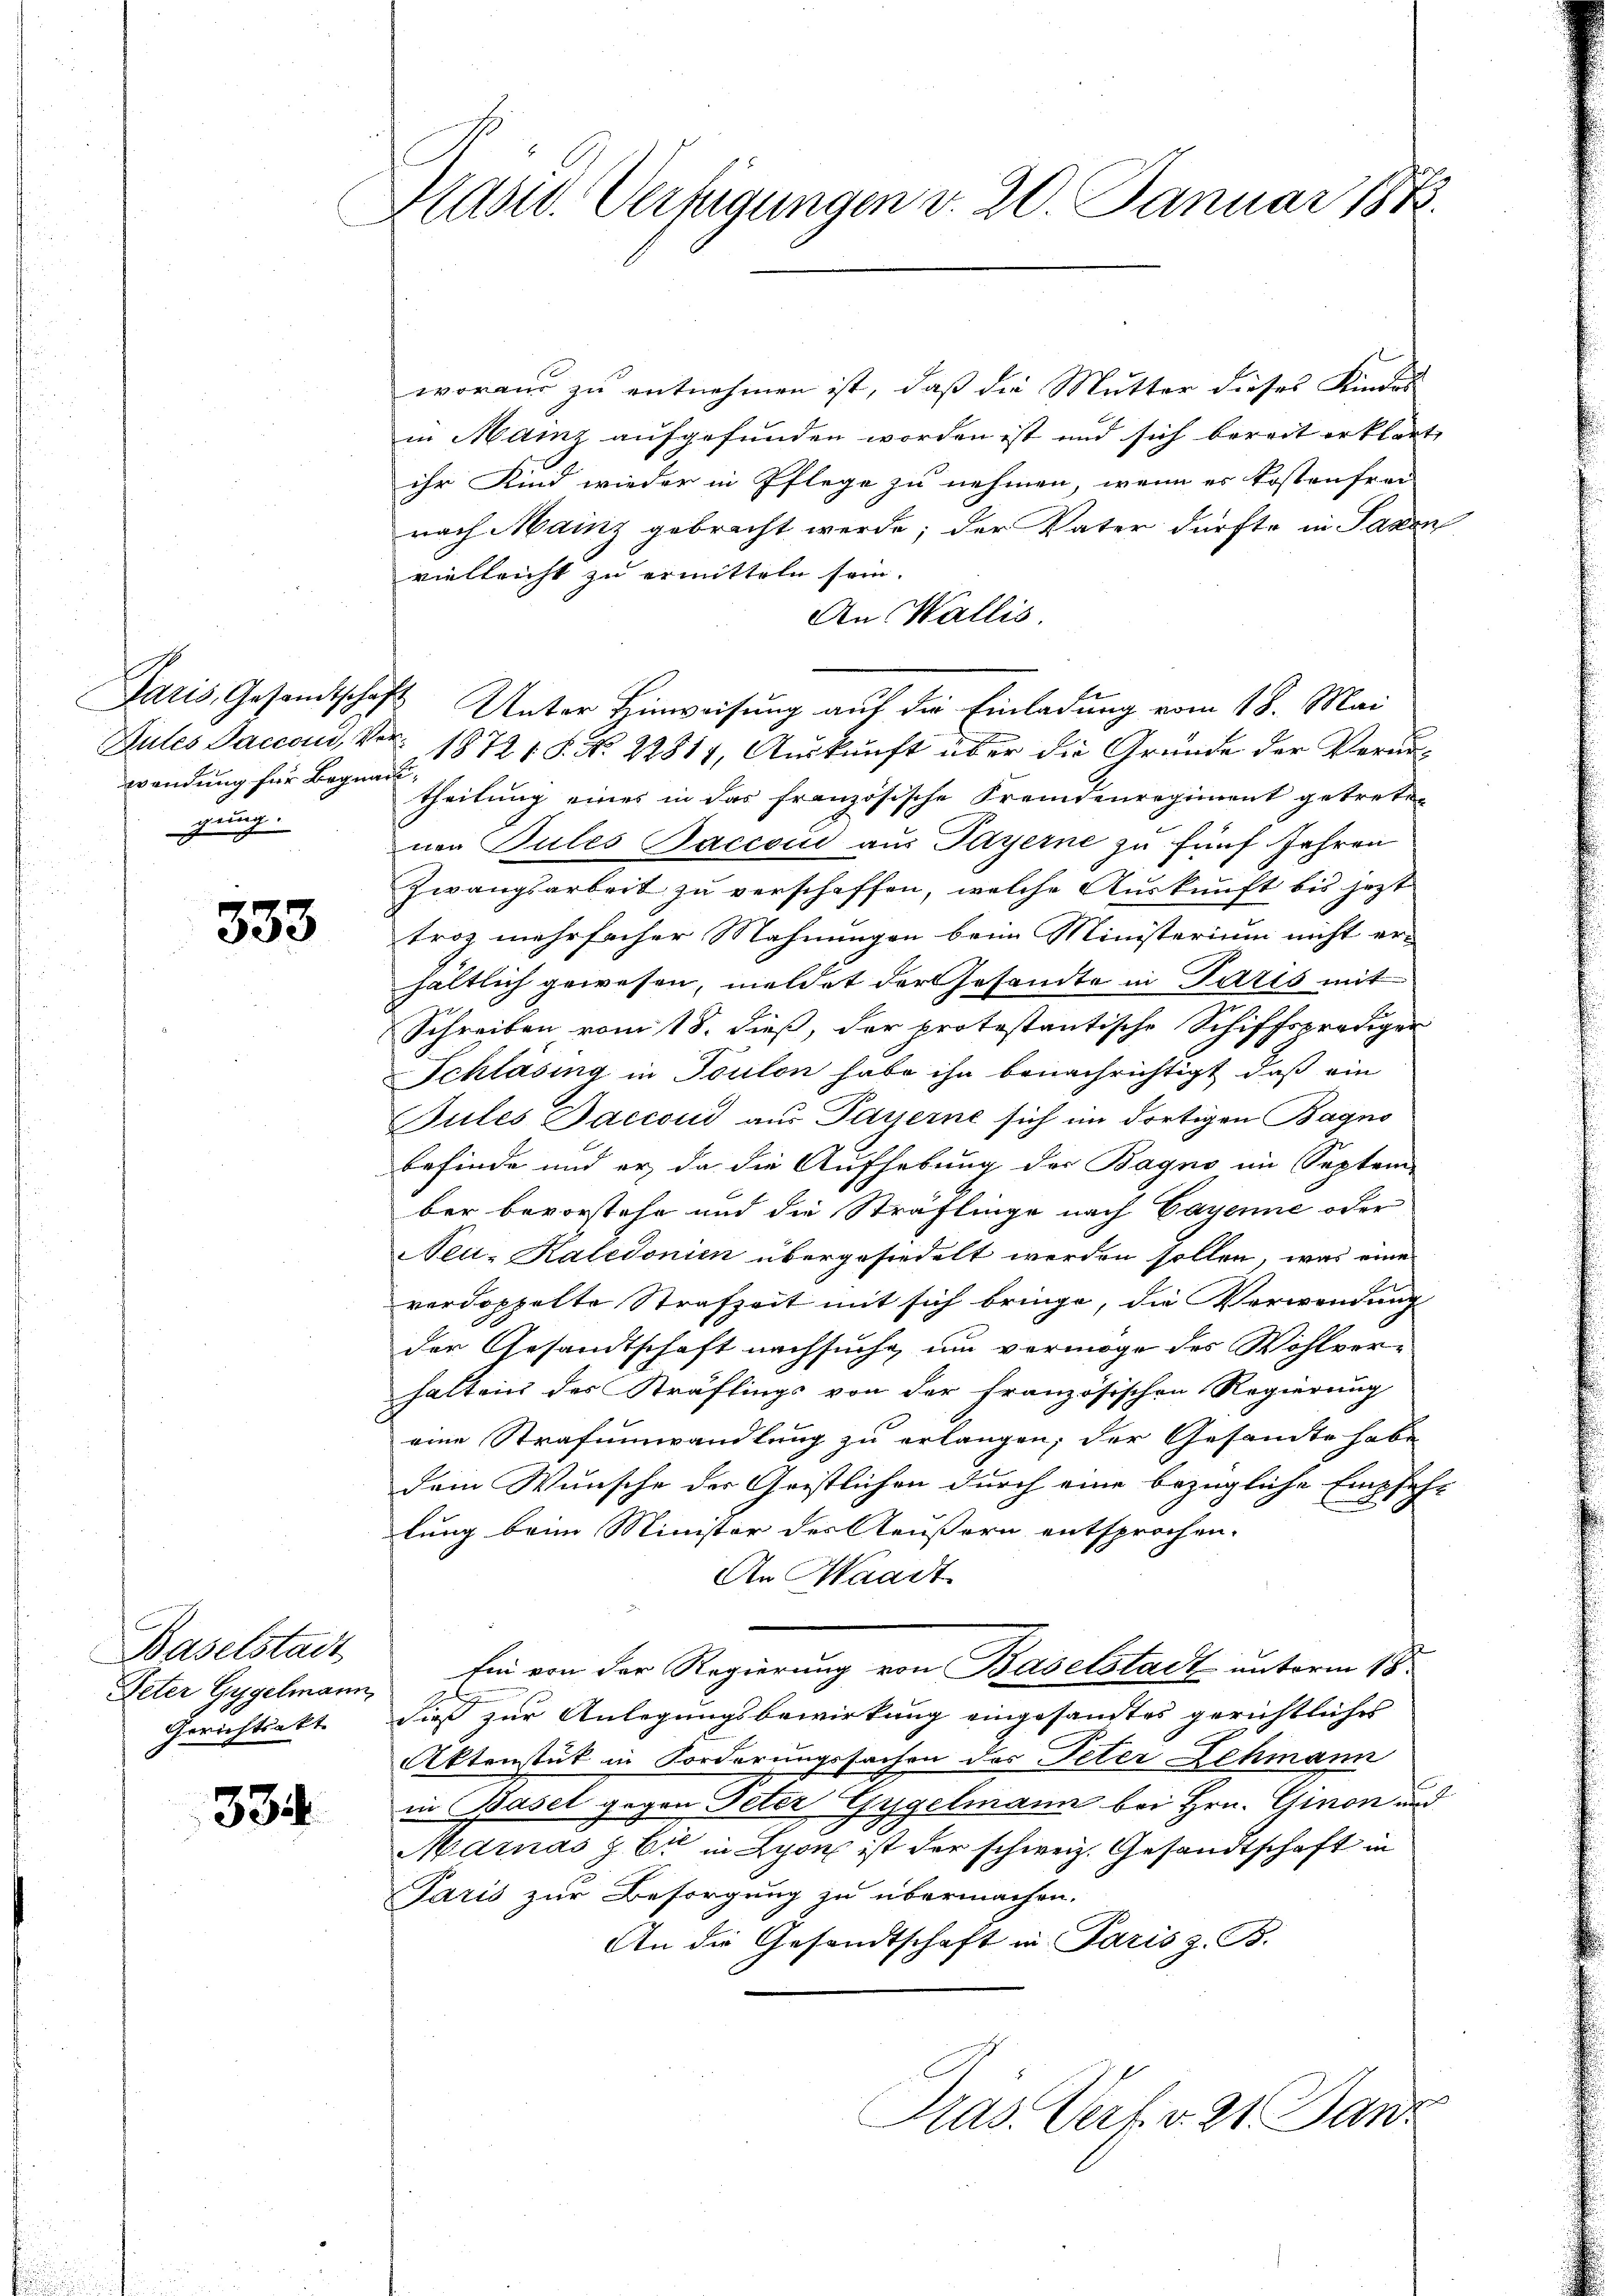
wendung für Begnau,
gung.

333

Baselstadt
Peter Gygelmann,
Gerichtsakt

334

Adsw. Verfügungen v. 20. Januar 1873.

woraus zu entnehmen ist, daß die Mutter dieses Kindes
in Mainz aufgefunden worden ist und sich bereit erklärt,
ihr Kind wieder in Pflege zu nehmen, wenn es kostenfrei
nach Mainz gebracht werde; der Vater dürfte in Saxon
vielleicht zu ermitteln sein.
An Wallis
Paris, Gesandtschaft Unter Hinweisung auf die Einladung vom 18. Mai
Autes Daccan, Vor 1872 18. No. 22811, Auskunft über die Gründe der Verurtheilung eines in das französische Fremdenregiment getreten
nen Pules Saccoud aus Payerne zu fünf Jahren
Zwangsarbeit zu verschaffen, welche Auskunft bis jetzt
troz mehrfacher Mahnungen beim Ministerium nicht er-
hältlich gewesen, meldet der Gesandte in Paris mit
Schreiben vom 18. dieß, der protestantische Schiffsprödiger
Schläsing in Toulon habe ihn benachrichtigt, daß ein
Jules Daccoud aus Payerne sich im dortigen Bagno
befinde und er, da die Aufhebung der Bagno im Septem-
ber bevorstehe und die Sträflinge nach Cayenne oder
Neu- Kaledonien übergesiedelt werden sollen, was eine
verdoppelte Strafzeit mit sich bringe, die Verwendung
der Gesandtschaft nachsuche um vermöge des Wohlver-
halten des Sträflings von der französischen Regierung
eine Strafumwandlung zu erlangen; der Gesandte habe
dem Wunsche der Geistlichen durch eine bezügliche Empfehlung beim Minister des Aeußern entsprochen.
An Waadt
Ein von der Regierung von Baselstadt unterm 18.
dieß zur Anlegungsbewirkung eingesamtes gerichtliches
Aktenstut in Forderungssachen des Peter Lehmann
in Basel gegen Peter Gygelmann bei Hrn. Ginon und
Mdinás z. B. in Lyon ist der schweiz. Gesandtschaft in
Paris zur Besorgung zu übermachen.
An die Gesandtschaft in Paris z. B.
Pras. Verf. v. 21. Janz